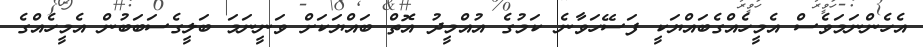
އެހެންނަމަވެސް އެމީހެއްގެބައްޔަކީ ފަސޭހަވާނެ ކަމުގެ އުއްމީދު އޮތް ބައްޔަކަށް ވަނީނަމަ ބަލީގެސަބަބުން އެމީހެއްގެ